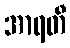
အာရတီ